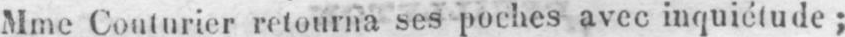
Mme Couturier retourna ses poches avec inquiétude;